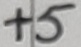
Text: +5